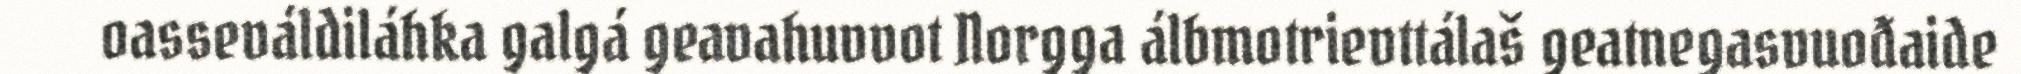
oasseváldiláhka galgá geavahuvvot Norgga álbmotrievttálaš geatnegasvuođaide